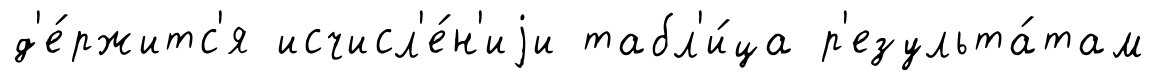
д'е́ржитс'я исчисл'е́н'иjи табл'и́ца р'езульта́там